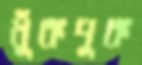
ধুঁকপুক